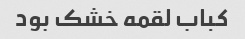
کباب لقمه خشک بود